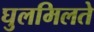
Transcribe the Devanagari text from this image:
घुलमिलते